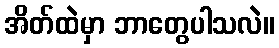
အိတ်ထဲမှာ ဘာတွေပါသလဲ။